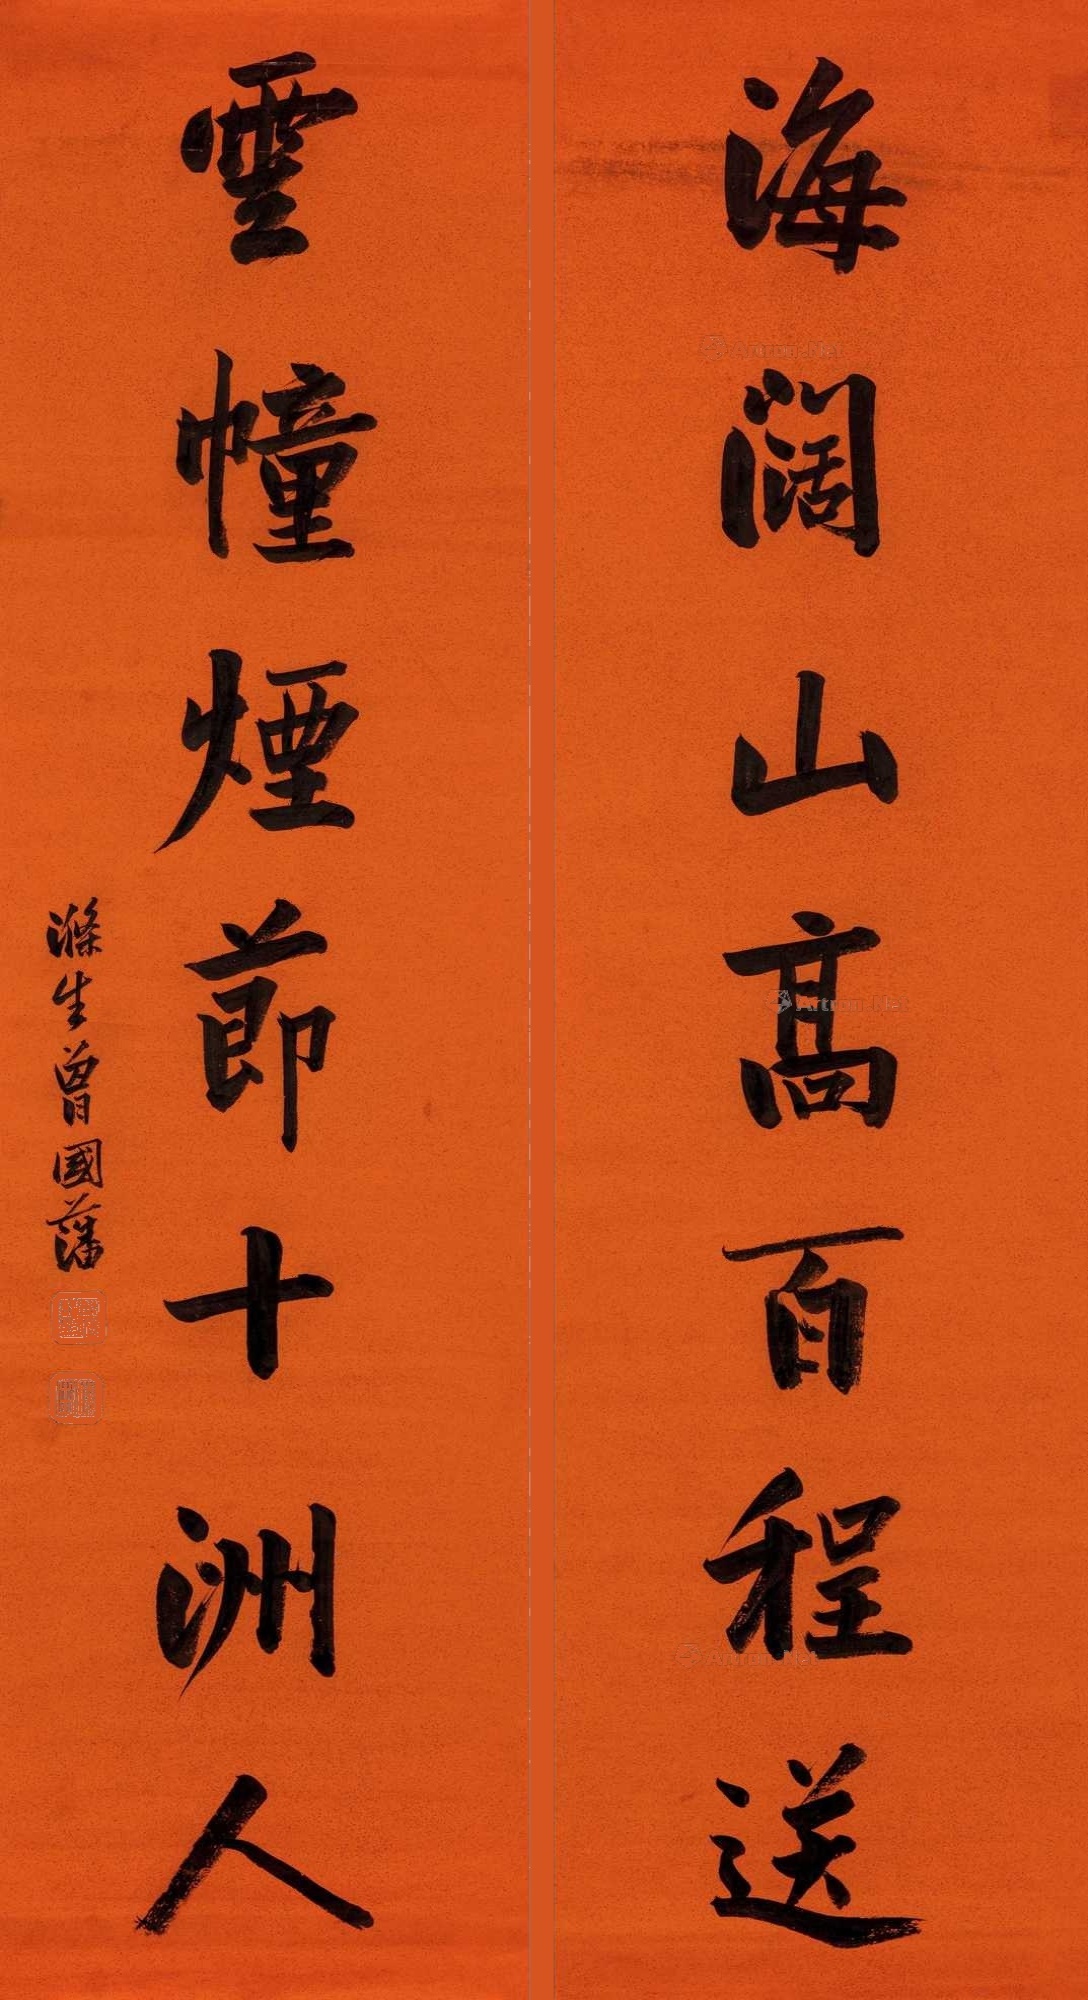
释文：海阔山高百程送，云幢烟节十洲人。涤生曾国藩。